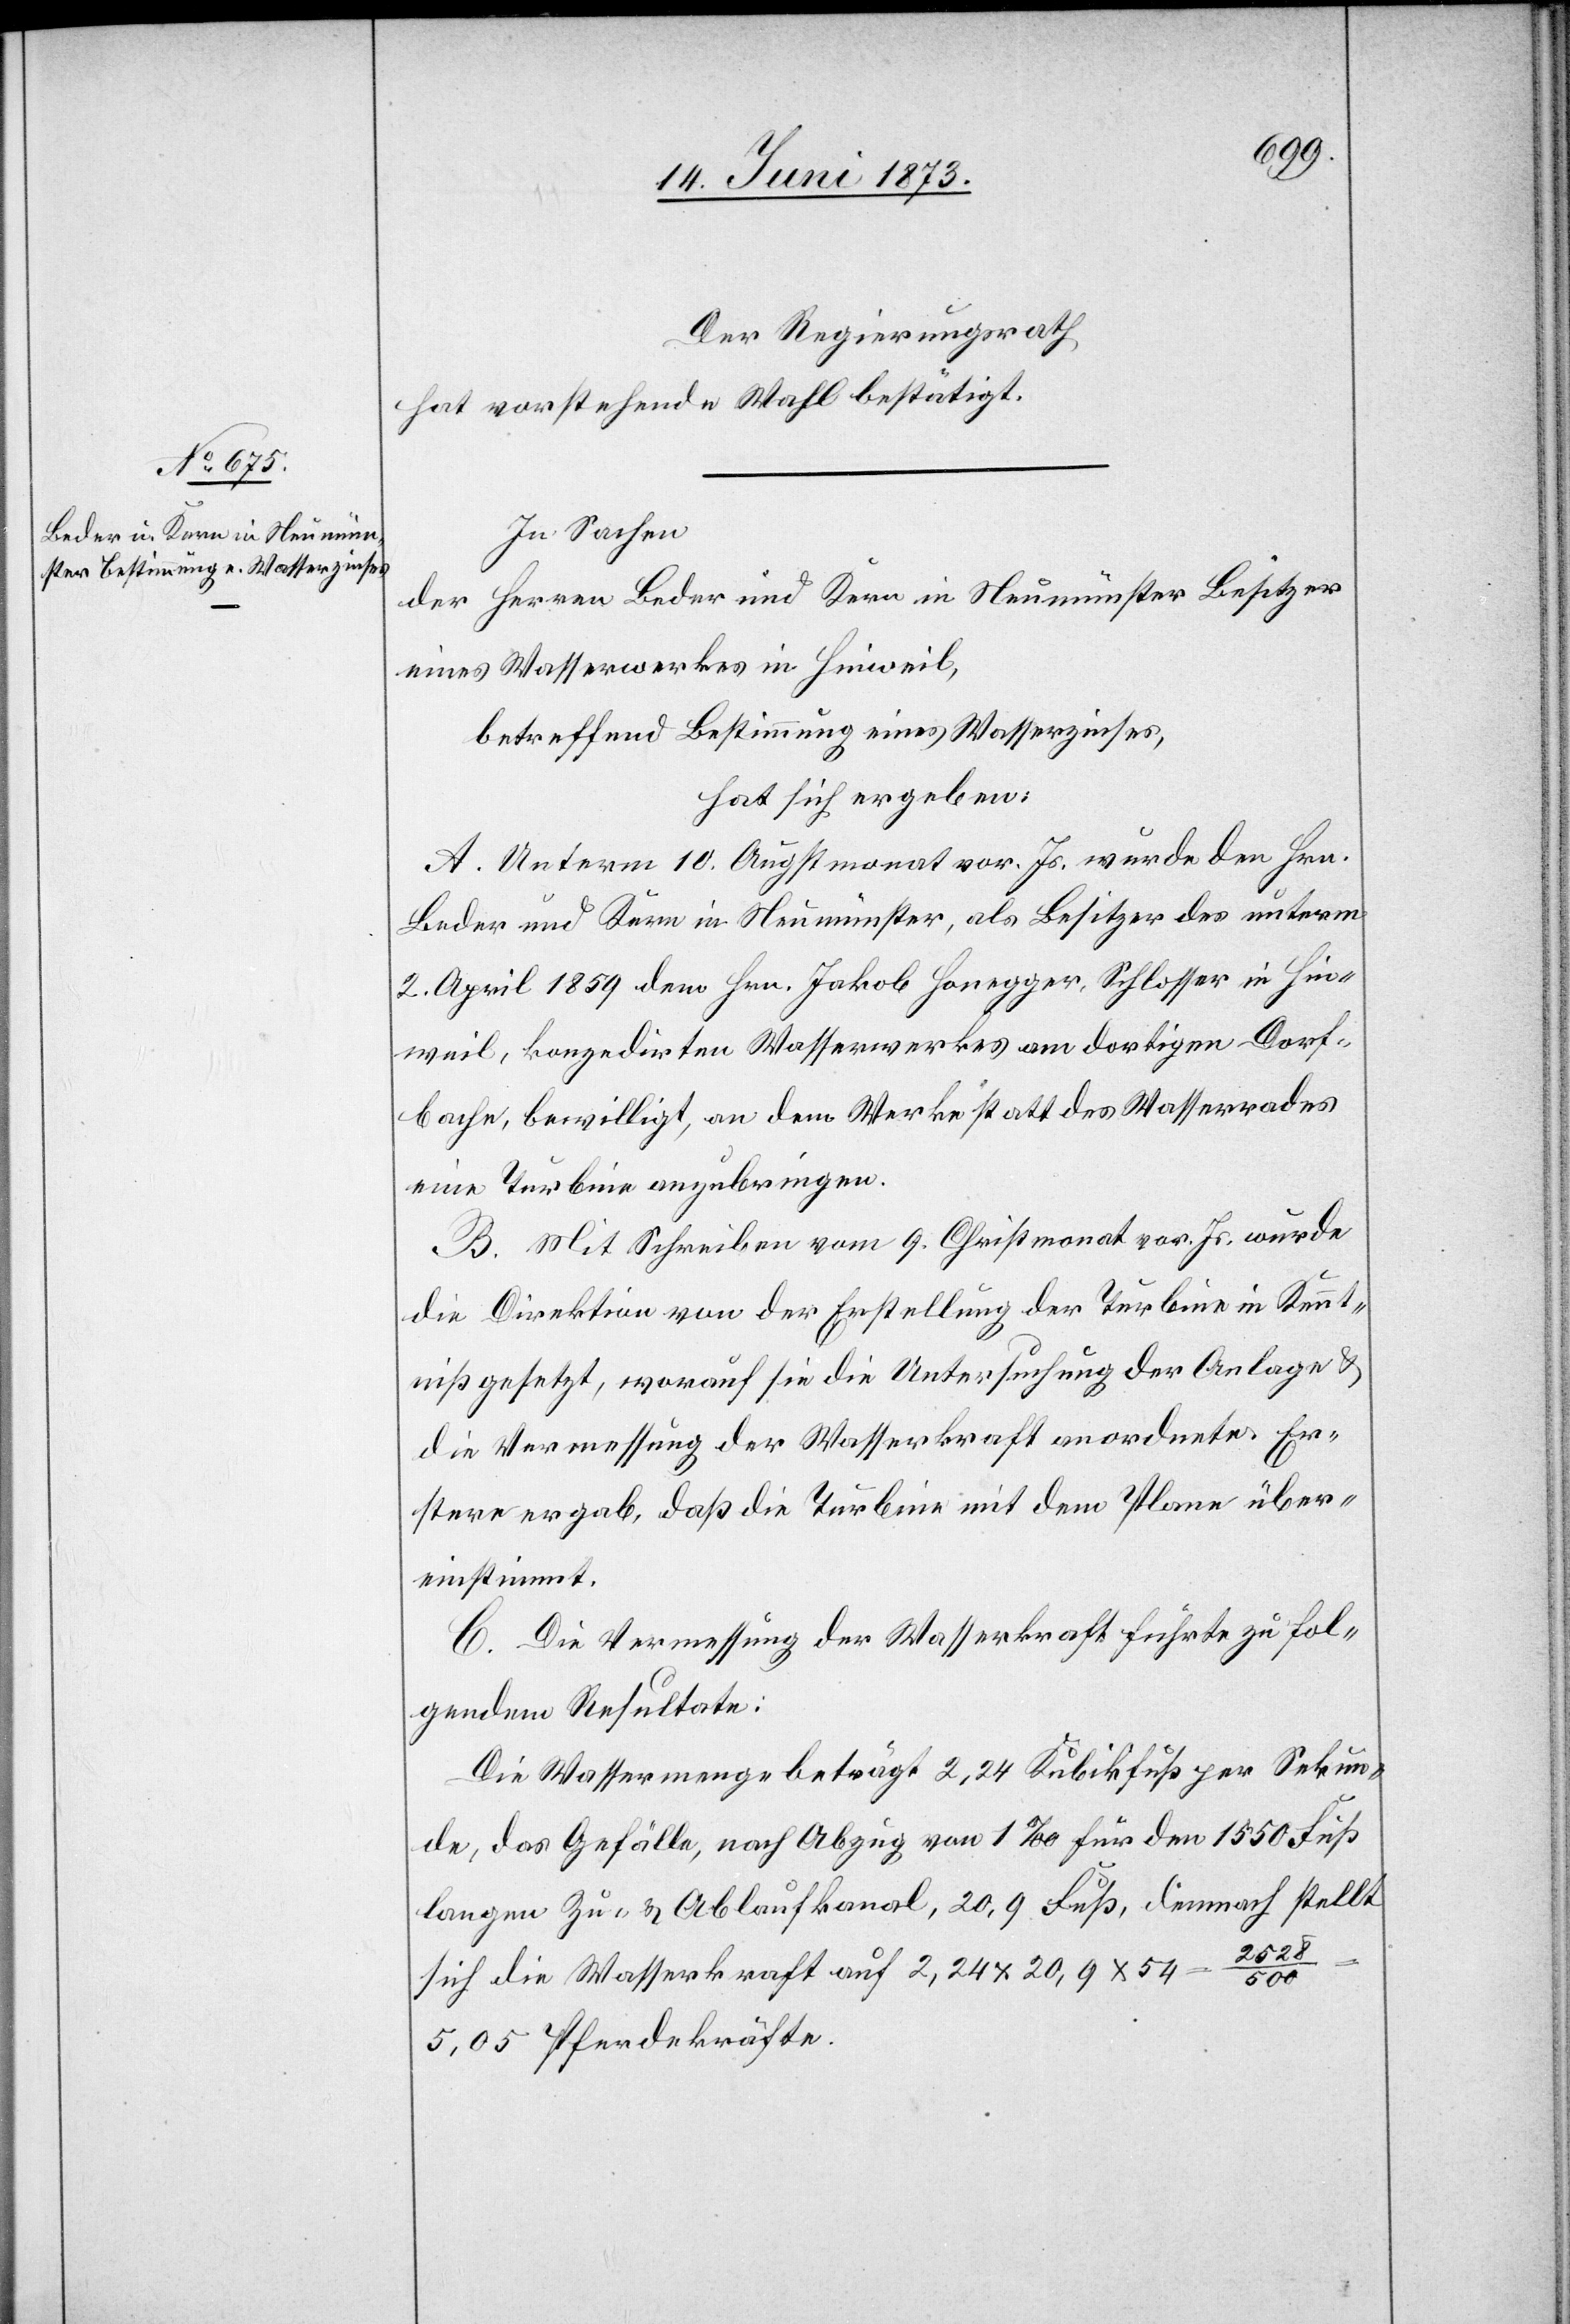
Der Regierungsrath
hat vorstehende Wahl bestätigt.
In Sachen
der Herren Beder und Kern in Neumünster Besitzer
eines Wasserwerkes in Hinweil,
betreffend Bestimmung eines Wasserzinses,
hat sich ergeben:
A. Unterm 10. Augstmonat vor. Js. wurde den Hrn.
Beder und Kern in Neumünster, als Besitzer des unterm
2. April 1859 dem Hrn. Jakob Honegger, Schlosser in Hin¬
weil, konzedirten Wasserwerkes am dortigen Dorf¬
bache, bewilligt, an dem Werke statt des Wasserrades
eine Turbine anzubringen.
B. Mit Schreiben vom 9. Christmonat vor. Js. wurde
die Direktion von der Erstellung der Turbine in Kennt¬
niß gesetzt, worauf sie die Untersuchung der Anlage &
die Vermessung der Wasserkraft anordnete. Er¬
stere ergab, daß die Turbine mit dem Plane über¬
einstimmt.
C. Die Vermessung der Wasserkraft führte zu fol¬
gendem Resultate:
Die Wassermenge beträgt 2,24 Kubikfuß per Sekun¬
de, das Gefälle, nach Abzug von 1‰ für den 1 550 Fuß
langen Zu- & Ablaufkanal, 20,9 Fuß, demnach stellt
sich die Wasserkraft auf 2,24 x 20,9 x 54 = 2
5,05 Pferdekräfte.